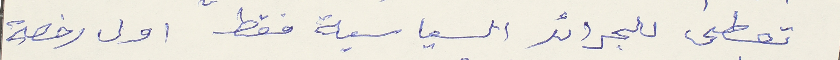
تعطى للجرائد السياسية فقط اول رخصة